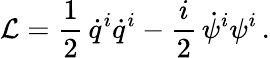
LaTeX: \mathcal{L}=\frac{{1}}{{2}}\, \dot{{q}}^{i}\dot{{q}}^{i}-\frac{{i}}{{2}}\, \dot{{\psi}}^{i}\psi^{i}\, .